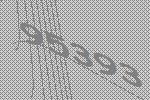
95393